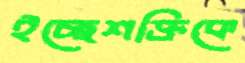
ইচ্ছেশক্তিকে